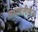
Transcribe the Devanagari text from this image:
जसवंतीबेन